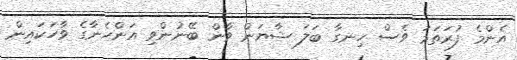
އެންމެ ފުރަތަމަ ވެސް ހިނގާ ބަލަ ޝާޔަން ވާން ބޭނުންވި އަންހެނާގެ ވާހަކައިން